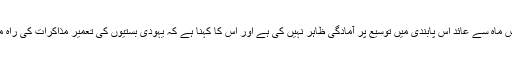
اسرائیل نے تاحال دس ماہ سے عائد اس پابندی میں توسیع پر آمادگی ظاہر نہیں کی ہے اور اس کا کہنا ہے کہ یہودی بستیوں کی تعمیر مذاکرات کی راہ میں رکاوٹ نہیں ہے۔